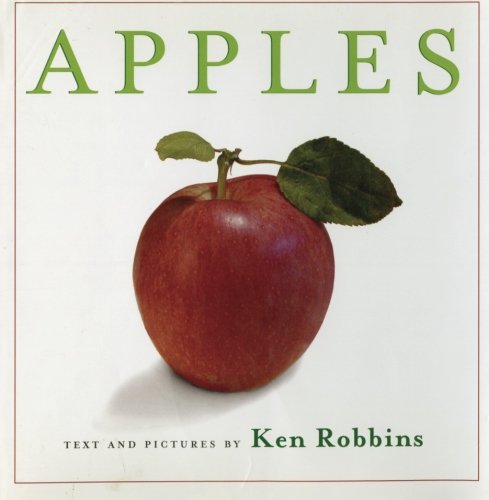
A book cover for Apples; Ken Robbins; Children's Books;